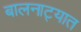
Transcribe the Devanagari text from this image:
बालनाट्यात